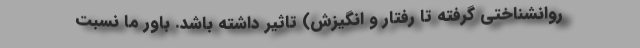
روانشناختی گرفته تا رفتار و انگیزش) تاثیر داشته باشد. باور ما نسبت